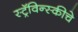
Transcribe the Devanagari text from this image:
स्ट्रॅविन्स्कीचे